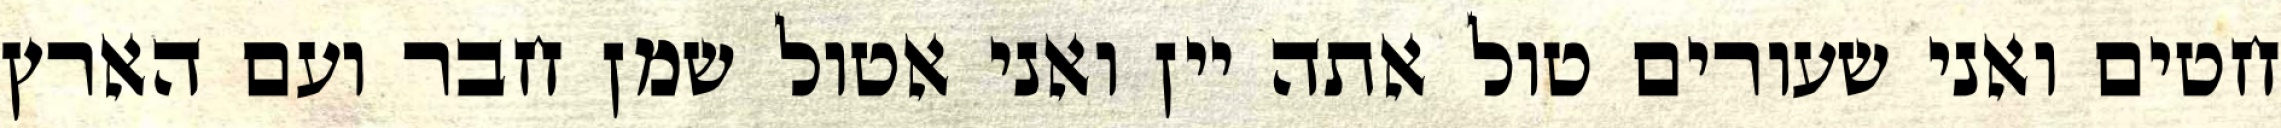
חטים ואני שעורים טול אתה יין ואני אטול שמן חבר ועם הארץ